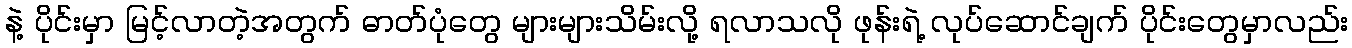
နဲ့ ပိုင်းမှာ မြင့်လာတဲ့အတွက် ဓာတ်ပုံတွေ များများသိမ်းလို့ ရလာသလို ဖုန်းရဲ့ လုပ်ဆောင်ချက် ပိုင်းတွေမှာလည်း